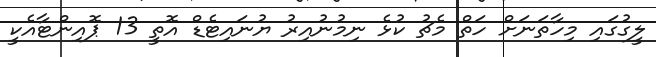
ލީގުގައި މިހާތަނަށް ހަތް މެޗު ކުޅެ ނިމުނުއިރު ޔުނައިޓެޑް އޮތީ 13 ޕޮއިންޓާއެކީ